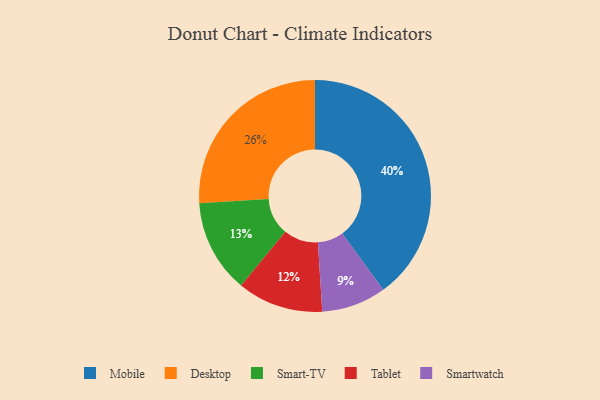
{"axis": {"x": "Category", "y": "Percentage"}, "legend": ["Desktop", "Mobile", "Smart-TV", "Smartwatch", "Tablet"], "data": [{"x": "Desktop", "y": 26, "type": "Desktop"}, {"x": "Smart-TV", "y": 13, "type": "Smart-TV"}, {"x": "Smartwatch", "y": 9, "type": "Smartwatch"}, {"x": "Mobile", "y": 40, "type": "Mobile"}, {"x": "Tablet", "y": 12, "type": "Tablet"}]}